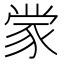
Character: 䝉